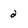
Character: 2